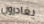
يغادرون